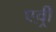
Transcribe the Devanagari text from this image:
एव़्री